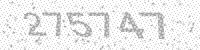
Solution: 275747